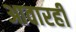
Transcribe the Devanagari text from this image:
आवारही